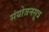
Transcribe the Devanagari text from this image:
संयोजनसूत्र